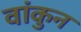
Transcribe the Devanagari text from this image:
वांकुन